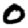
Digit: 0